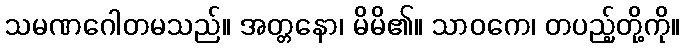
သမဏဂေါတမသည်။ အတ္တနော၊ မိမိ၏။ သာဝကေ၊ တပည့်တို့ကို။